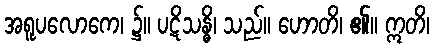
အရူပလောကေ၊ ၌။ ပဋိသန္ဓိ၊ သည်။ ဟောတိ၊ ၏။ ဣတိ၊